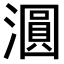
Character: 𣿹